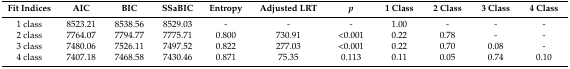
| Fit Indices | AIC | BIC | SSaBIC | Entropy | Adjusted LRT | p | 1 Class | 2 Class | 3 Class | 4 Class |
 | --- | --- | --- | --- | --- | --- | --- | --- | --- | --- | --- |
 | 1 class | 8523.21 | 8538.56 | 8529.03 | - | - | - | 1.00 | - | - | - |
 | 2 class | 7764.07 | 7794.77 | 7775.71 | 0.800 | 730.91 | <0.001 | 0.22 | 0.78 | - | - |
 | 3 class | 7480.06 | 7526.11 | 7497.52 | 0.822 | 277.03 | <0.001 | 0.22 | 0.70 | 0.08 | - |
 | 4 class | 7407.18 | 7468.58 | 7430.46 | 0.871 | 75.35 | 0.113 | 0.11 | 0.05 | 0.74 | 0.10 |